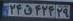
۲۴ق۴۲۴۲۹